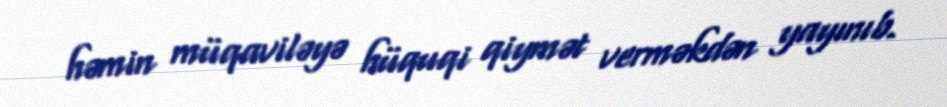
həmin müqaviləyə hüquqi qiymət verməkdən yayınıb.